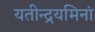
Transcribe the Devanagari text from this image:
यतीन्द्रयमिनां